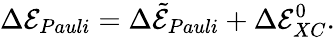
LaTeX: \Delta\mathcal{E}_{Pauli}=\Delta\tilde{{\mathcal{E}}}_{Pauli}+\Delta\mathcal{E}_{XC}^{0}.